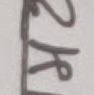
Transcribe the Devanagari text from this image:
१२